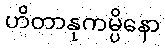
ဟိတာနုကမ္ပိနော